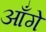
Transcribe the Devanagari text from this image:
आँगे